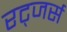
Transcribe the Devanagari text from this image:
रट्जर्स